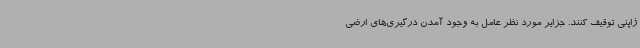
ژاپنی توقیف کنند. جزایر مورد نظر عامل به وجود آمدن درگیری‌های ارضی